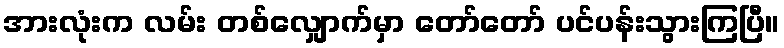
အားလုံးက လမ်း တစ်လျှောက်မှာ တော်တော် ပင်ပန်းသွားကြပြီ။